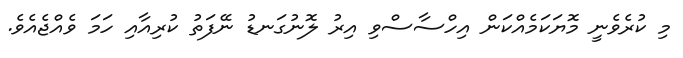
މި ކުރެވެނީ މޮޔަކަމެއްކަން އިހްސާސްވި އިރު ލޮނުގަނޑު ނޭފަތު ކުރިއާއި ހަމަ ވެއްޖެއެވެ.